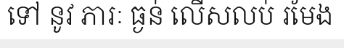
ទៅ នូវ ភារៈ ធ្ងន់ លើសលប់ រមែង